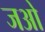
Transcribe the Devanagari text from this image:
जओ